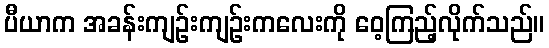
ပီယာက အခန်းကျဉ်းကျဉ်းကလေးကို ဝေ့ကြည့်လိုက်သည်။